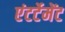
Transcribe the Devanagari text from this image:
एंटर्टेमेंट